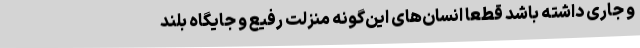
و جاری داشته باشد قطعاً انسان‌های این‌گونه منزلت رفیع و جایگاه بلند